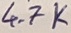
Text: 4.7K